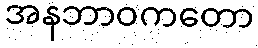
အနဘာဝကတော